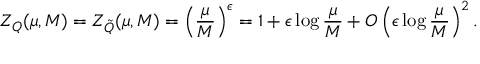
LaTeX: Z _ { Q } ( \mu , M ) = Z _ { \tilde { Q } } ( \mu , M ) = \left( \frac { \mu } { M } \right) ^ { \epsilon } = 1 + \epsilon \log \frac { \mu } { M } + O \left( \epsilon \log \frac { \mu } { M } \right) ^ { 2 } .